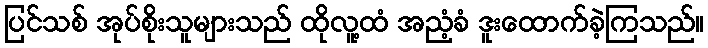
ပြင်သစ် အုပ်စိုးသူများသည် ထိုလူ့ထံ အညံ့ခံ ဒူးထောက်ခဲ့ကြသည်။